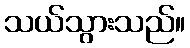
သယ်သွားသည်။